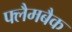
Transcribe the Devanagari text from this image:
फ्लैमबैक